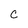
Character: c